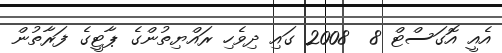
އެއީ އޮގަސްޓް 8  2008 ގައި ދިވެހި ރައްޔިތުންގެ ޕާޓީގެ ފަރާތުން